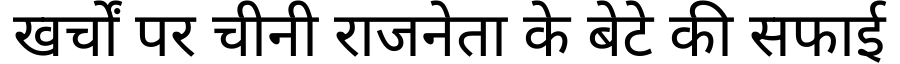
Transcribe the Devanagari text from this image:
खर्चों पर चीनी राजनेता के बेटे की सफाई